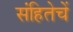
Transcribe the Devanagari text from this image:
संहितेचें